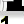
Digit: 1